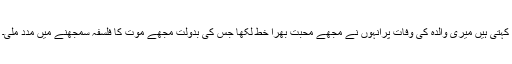
کہتی ہیں میری والدہ کی وفات پرانہوں نے مجھے محبت بھرا خط لکھا جس کی بدولت مجھے موت کا فلسفہ سمجھنے میں مدد ملی۔